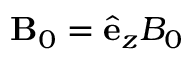
\mathbf { B } _ { 0 } = \hat { \mathbf e } _ { z } B _ { 0 }